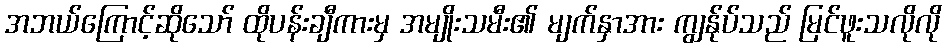
အဘယ်ကြောင့်ဆိုသော် ထိုပန်းချီကားမှ အမျိုးသမီး၏ မျက်နှာအား ကျွန်ုပ်သည် မြင်ဖူးသလိုလို